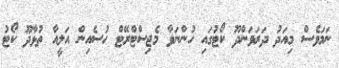
ނަމަވެސް މިއަދު ދަރަވަންދޫ ކޯޓުގައި ހުންނަވާ މެޖިސްޓްރޭޓް ހުސެއިން އަލީއާ ތުޅާދޫ ކޯޓު